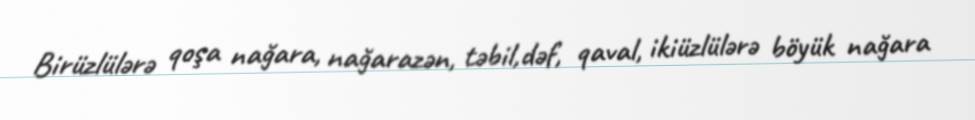
Birüzlülərə qoşa nağara, nağarazən, təbil,dəf, qaval, ikiüzlülərə böyük nağara